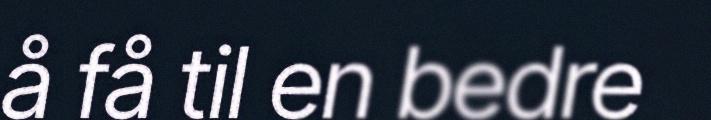
å få til en bedre